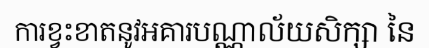
ការខ្វះខាតនូវអគារបណ្ណាល័យសិក្សា នៃ